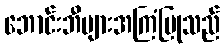
ဘောင်းဘီများအကြံပြုသည်